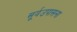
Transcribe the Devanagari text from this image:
सूर्यउपासना